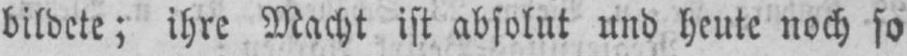
bildete; ihre Macht ist absolut und heute noch so